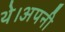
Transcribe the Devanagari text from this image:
थे।अपनी